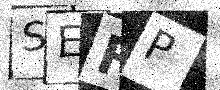
Text: SEFP